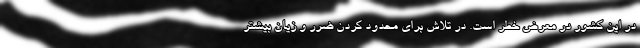
در این کشور در معرض خطر است. در تلاش برای محدود کردن ضرر و زیان بیشتر